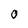
Character: 0